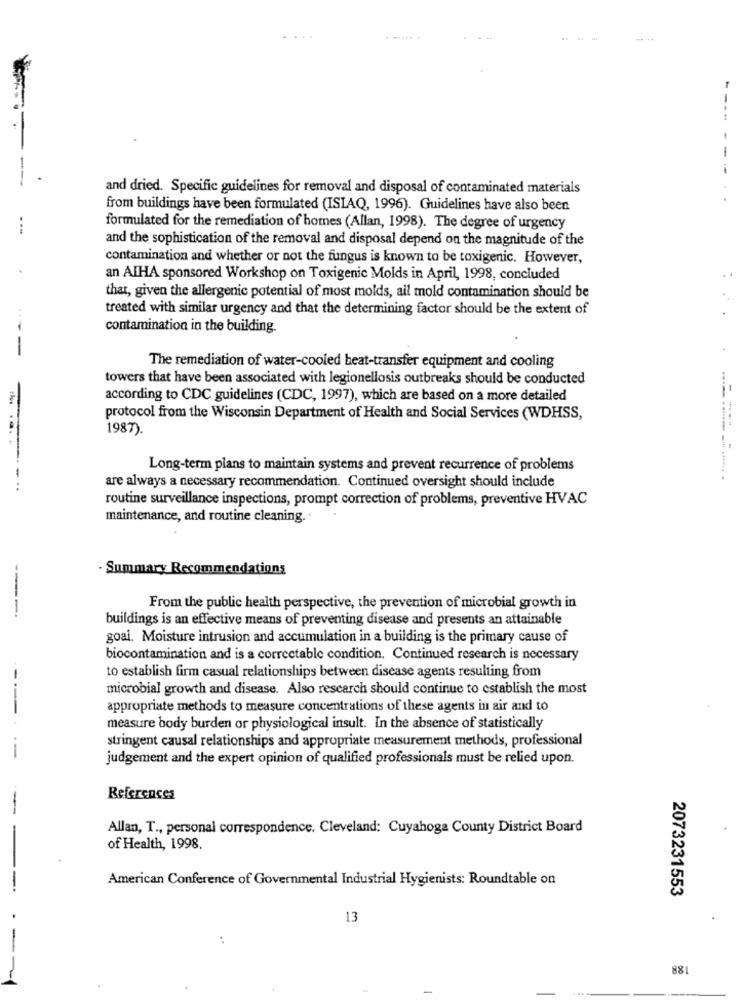
...
---
and dried. Specific guidelines for removal and disposal of contaminated materials
from buildings have been formulated (ISIAQ, 1996). Guidelines have also been
formulated for the remediation of homes (Allan, 1998). The degree of urgency
and the sophistication of the removal and disposal depend on the magnitude of the
contamination and whether or not the fungus is known to be toxigenic. However,
an AIHA sponsored Workshop on Toxigenic Molds in April, 1998, concluded
that, given the allergenic potential of most molds, ail mold contamination should be
treated with similar urgency and that the determining factor should be the extent of
contamination in the building.
---
The remediation of water-cooled heat-transfer equipment and cooling
towers that have been associated with legionellosis outbreaks should be conducted
-
according to CDC guidelines (CDC, 1997), which are based on a more detailed
protocol from the Wisconsin Department of Health and Social Services (WDHSS,
1987).
1
Long-term plans to maintain systems and prevent recurrence of problems
are always a necessary recommendation. Continued oversight should include
routine surveillance inspections, prompt correction of problems, preventive HVAC
maintenance, and routine cleaning.
- Summary Recommendations
---
From the public health perspective, the prevention of microbial growth in
buildings is an effective means of preventing disease and presents an attainable
goal. Moisture intrusion and accumulation in a building is the primary cause of
biocontamination and is a correctable condition. Continued research is necessary
to establish firm casual relationships between disease agents resulting from
microbial growth and disease. Also rescarch should continue to establish the most
appropriate methods to measure concentrations of these agents in air and to
measure body burden or physiological insult. In the absence of statistically
stringent causal relationships and appropriate measurement methods, professional
------
judgement and the expert opinion of qualified professionals must be relied upon.
References
-
Allan, T ., personal correspondence. Cleveland: Cuyahoga County District Board
of Health, 1998.
American Conference of Governmental Industrial Hygienists: Roundtable on
2073231553
13
881